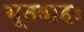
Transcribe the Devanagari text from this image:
भूतवाहः